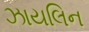
ઝાયલિન